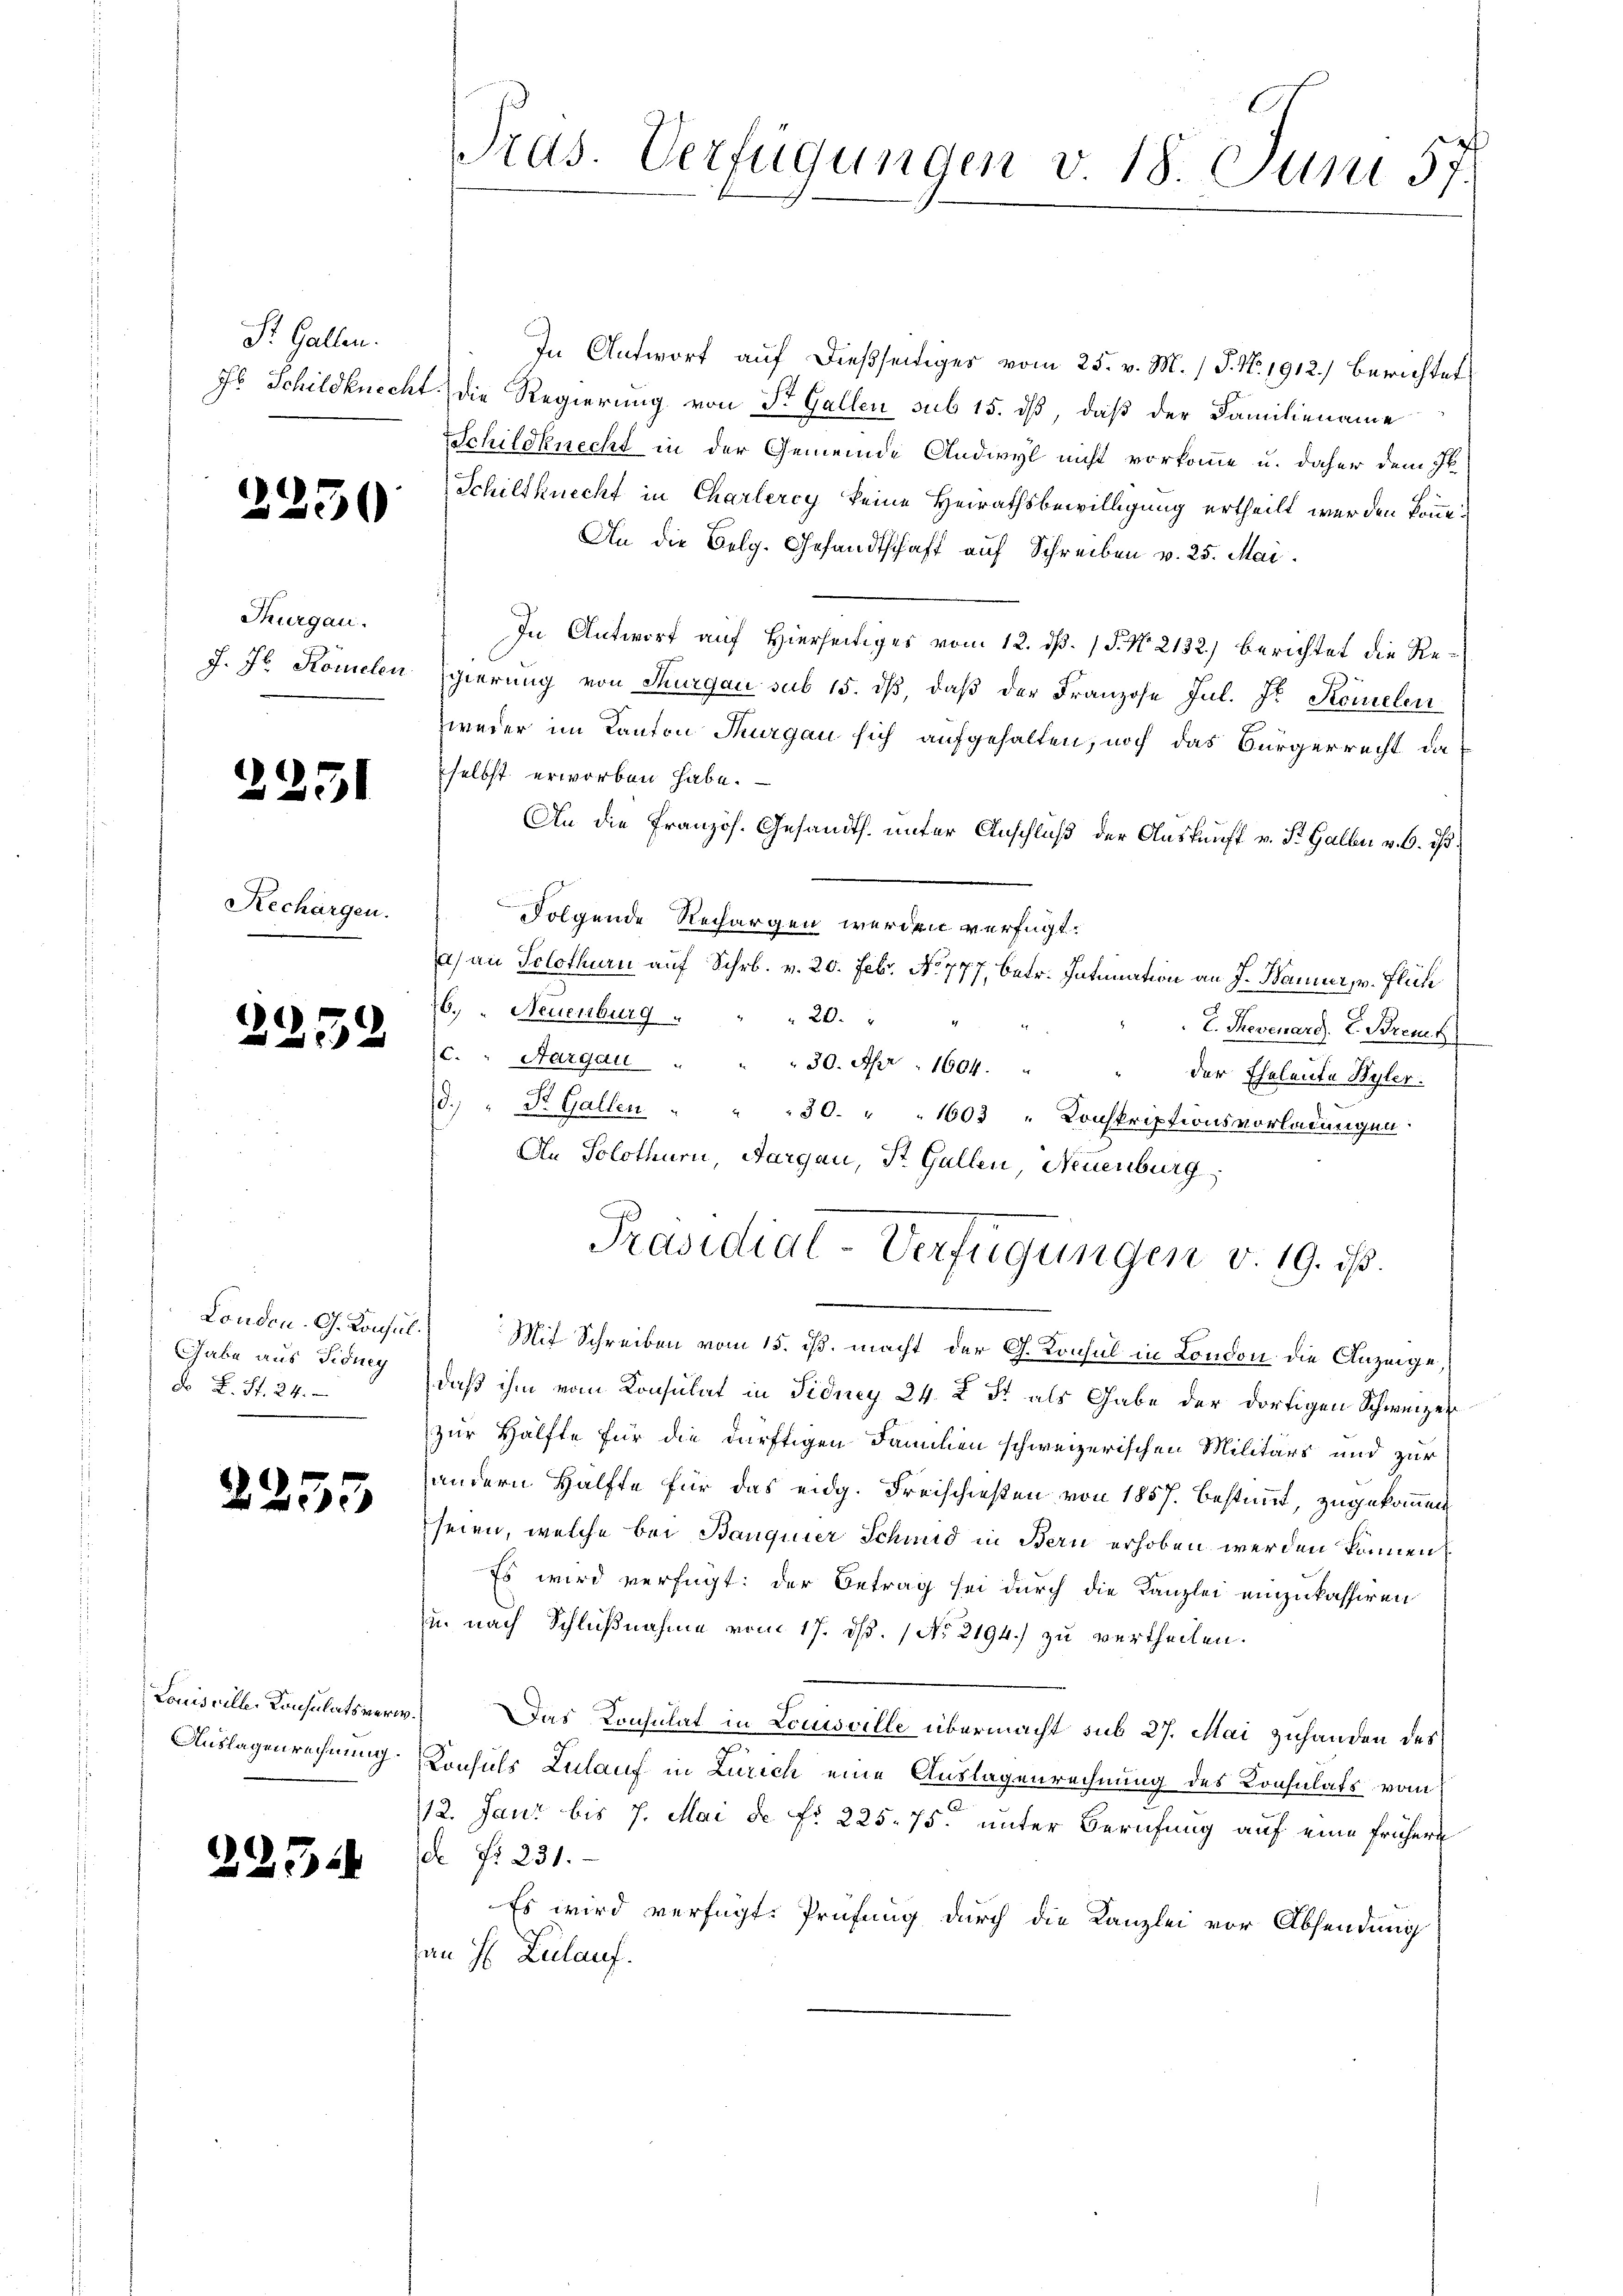
St. Gallen.

.

Thurgau.

.

2251

Rechargen.

230

2259

Gabe aus Fidney
d. L. St. 24.

255

Louisville, Konsulats verw.
Auslagenrechnung.

2251

Tras. Verfügungen v. 18. Juni 57.

In Antwort auf dießseitiges vom 25. v. M. / P. Nr. 1912.) berichtet
Jb. Schildknecht die Regierung von Sr. Gallen sub 15. dß, daß der Familiename
Schildknecht in der Gemeinde Andwyl nicht vorkomme u. daher dem Ik
Schiltknecht in Charleroy keine Heirathsbewilligung ertheilt werden könne.
An die Belg. Gesandtschaft auf Schreiben v. 25. Mai.
In Antwort auf Hierseitiges vom 12. d. 1 P. Nr. 2132) berichtet die Re¬
J. Jb. Komelen Egierung von Thurgau sub 15. dβ, daβ der Franzose Jul. Fr. Komelen
zweier im Kanton Thurgau sich aufgehalten, noch das Bürgerrecht da
selbst erworben habe.
An die Französ. Gesandts. unter Anschluß der Auskunft v. St. Gallen v. 6. ds.
Folgende Rechargen werden verfügt:
a) an Solothurn auf Schr. v. 20. Feb. No. 777, betr. Intimation an J. Baumer, u. Flüch
76. " Neuenburg " " " 20.
L. Revenard. L. Bremt
c. " Aargau " " 30. Apr. 1604. "
der Eheleute Byler.
d. " Dr. Gallen " " " 30. " " 1603 "Konskriptionsvorladungen.
An Solothurn, Aargau, St. Gallen, Neuenburg,
Präsidial-Verfügungen v. 19. ist.
London. G. Konsul. Mit Schreiben vom 15. ist. macht der G. Konsul in London die Anzeige,
daß ihm vom Konsulat in Fidney 24. X S. als Gabe der dortigen Schweizer
zur Hälfte für die dürftigen Familien schweizerischen Militärs und zur
andern Hälfte für das eidg. Freischießen von 1857 bestimmt, zugekommen
seien, welche bei Banquier Schind in Bern erhoben werden können,
Es wird verfügt: der Betrag sei durch die Kanzlei einzukassiren
u. nach Schlußnahme vom 17. ds. No 2194.) zu vertheilen.
) Das Consulat in Louisville übermacht sub 27. Mai zuhanden des
Konsuls Zulauf in Zürich eine Auslagenrechnung des Konsulats vom
12. Jani bis 7. Mai de fr 225. 75. unter Berufung auf eine frühere
de No 231.
Es wird verfügt: Prüfung durch die Kanzlei vor Absendung
an 1. Zulauf.